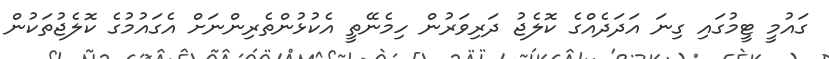
ގައުމީ ޓީމުގައި ގިނަ އަދަދެއްގެ ކޮލެޖު ދަރިވަރުން ހިމެނޭތީ އެކުޅުންތެރިންނަށް އެގައުމުގެ ކޮލެޖުތަކުން